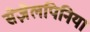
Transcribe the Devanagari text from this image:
सेज़ैलपिनिया